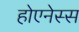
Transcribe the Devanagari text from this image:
होएनेस्स